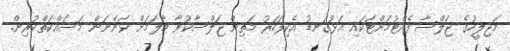
މަޖިލީހުގެ ޖަލްސާ ފެއްޓުމަށްޓަކައި އަޅުގަނޑު އެކިފަހަރު މަތިން ޖަލްސާކުރާ މާލަމަށް ވަންނަން މަސައްކަތްކުރިން.